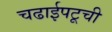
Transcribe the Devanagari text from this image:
चढाईपटूची